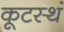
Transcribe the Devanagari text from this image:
कूटस्थं